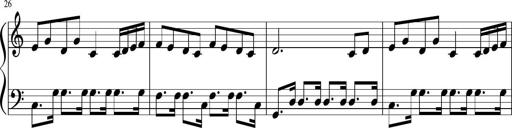
Title: Sonatine Nr.1 in C-Dur
Composer: DÃ©sirÃ©e Manns
Key: C major